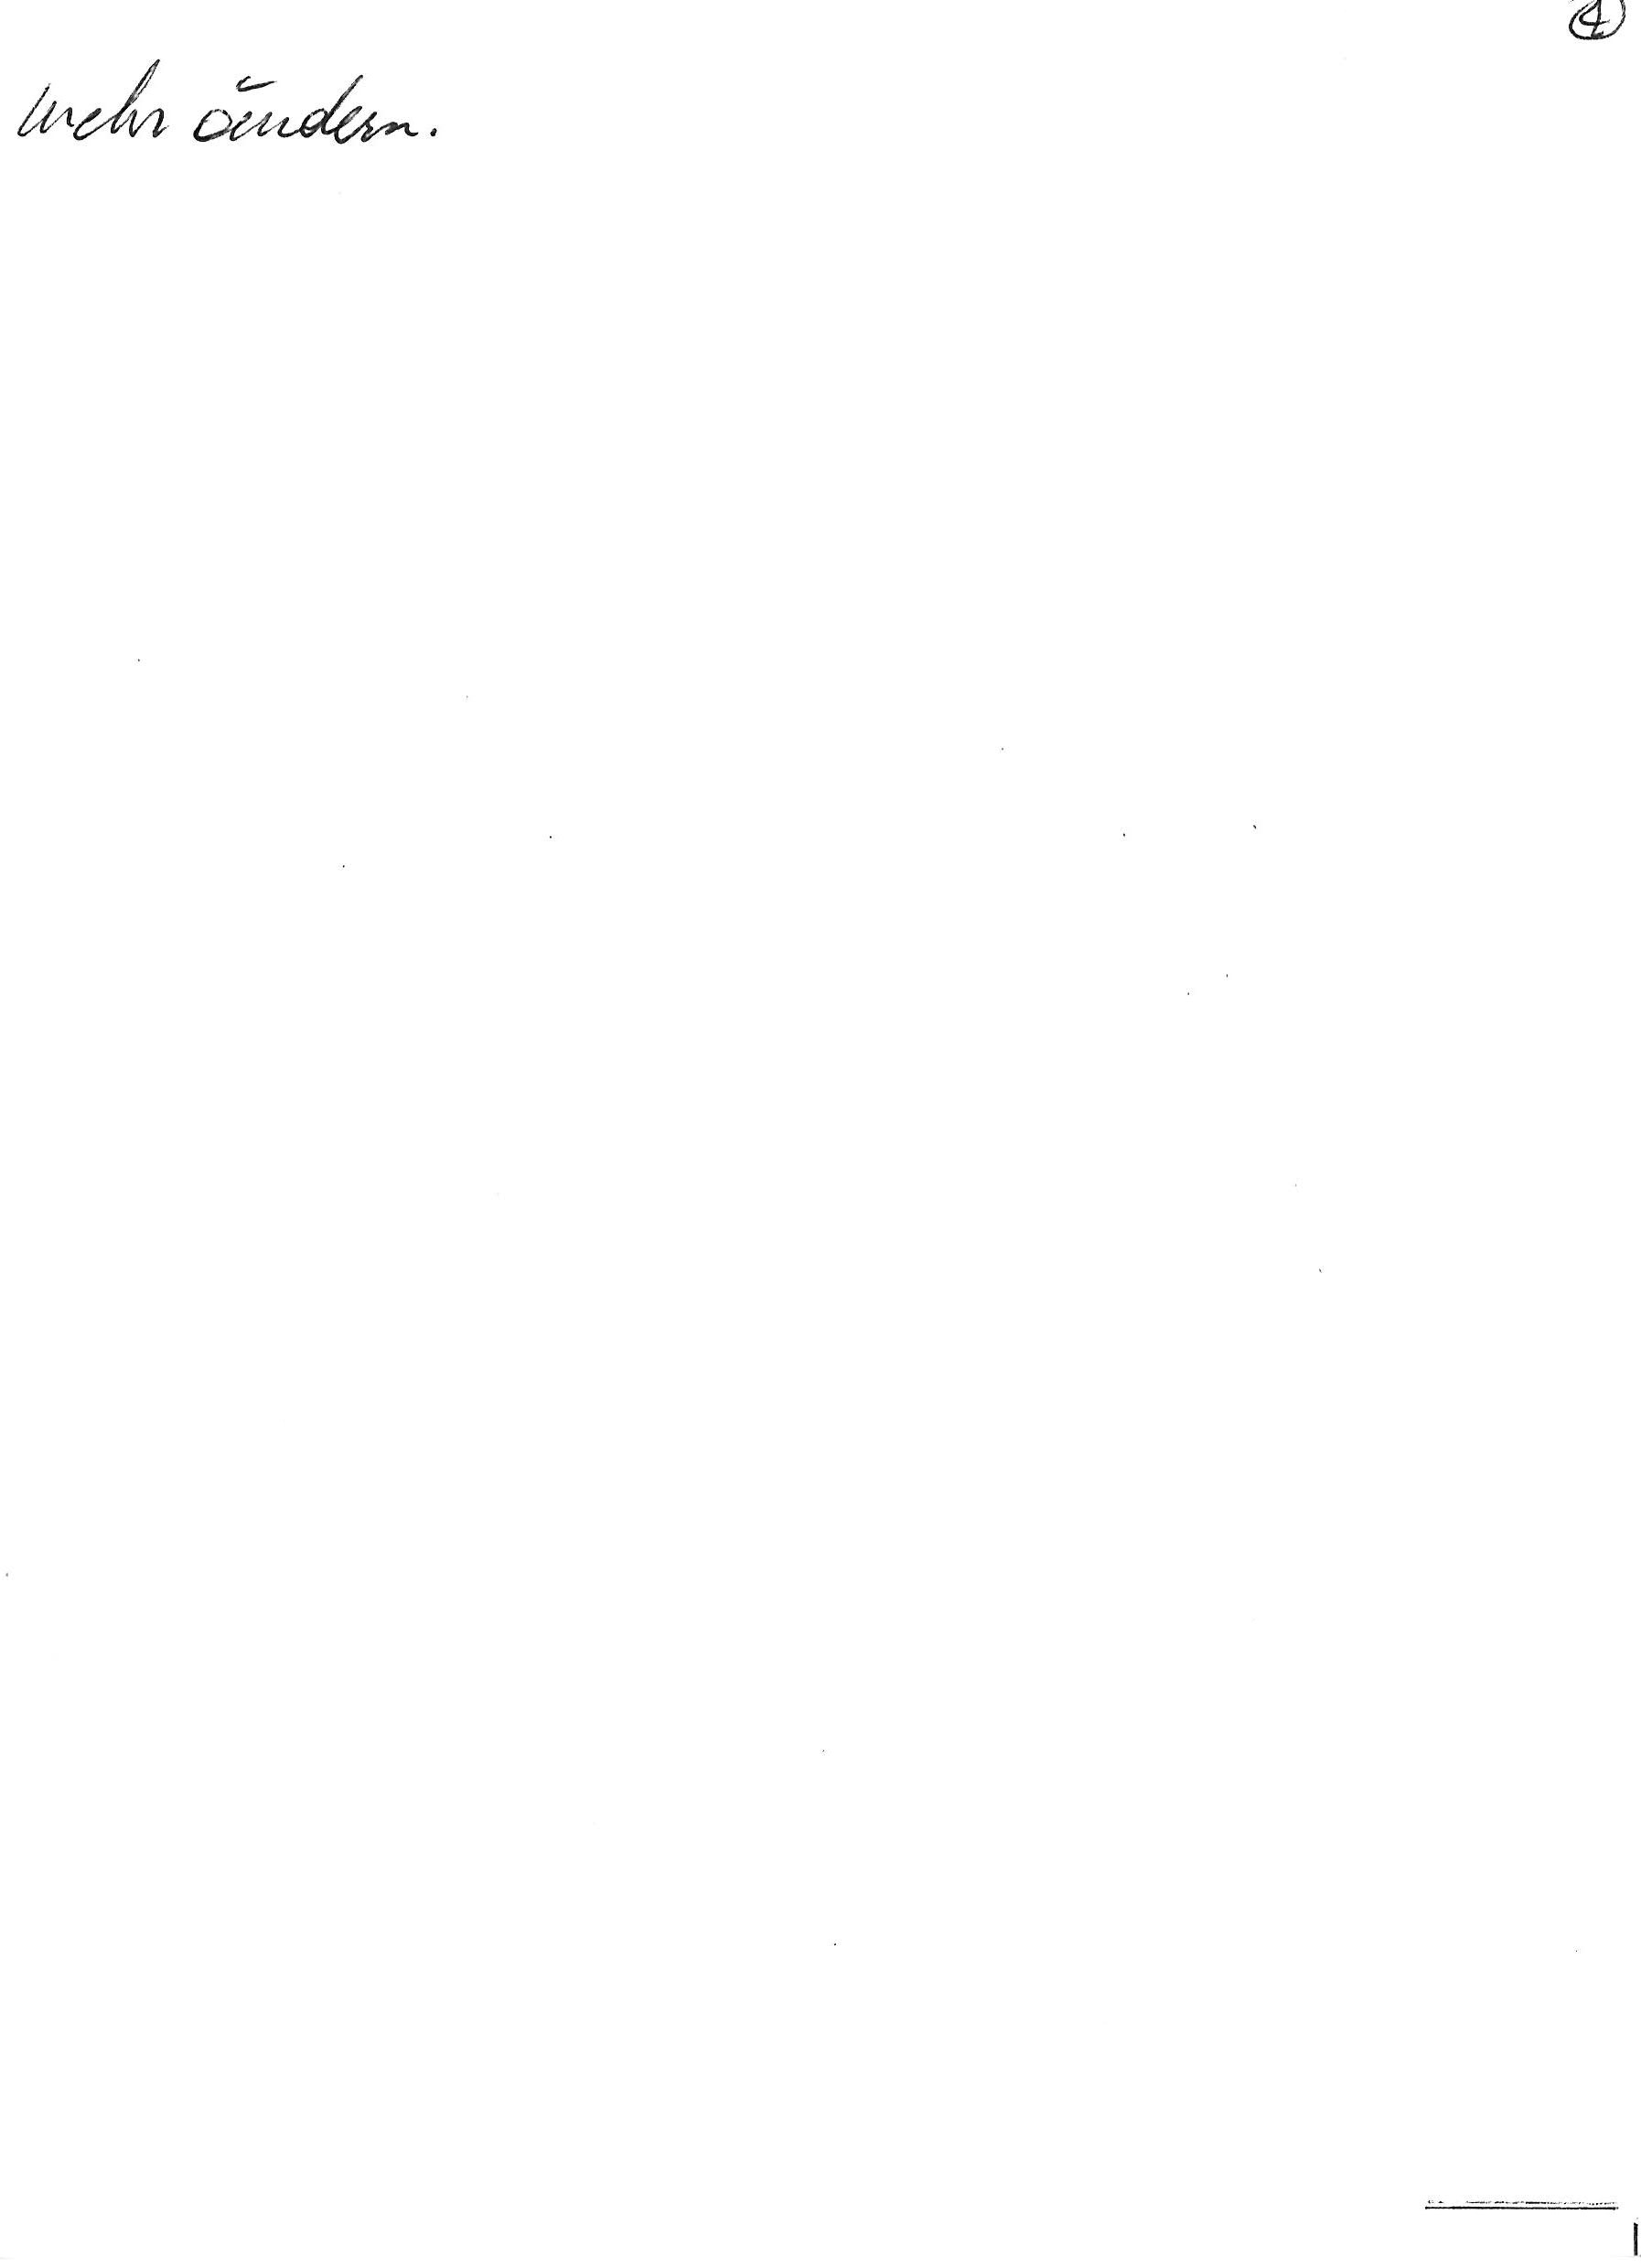
mehr ändern.